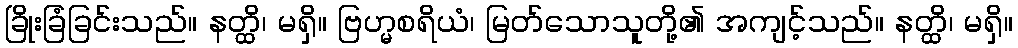
ခြိုးခြံခြင်းသည်။ နတ္ထိ၊ မရှိ။ ဗြဟ္မစရိယံ၊ မြတ်သောသူတို့၏ အကျင့်သည်။ နတ္ထိ၊ မရှိ။